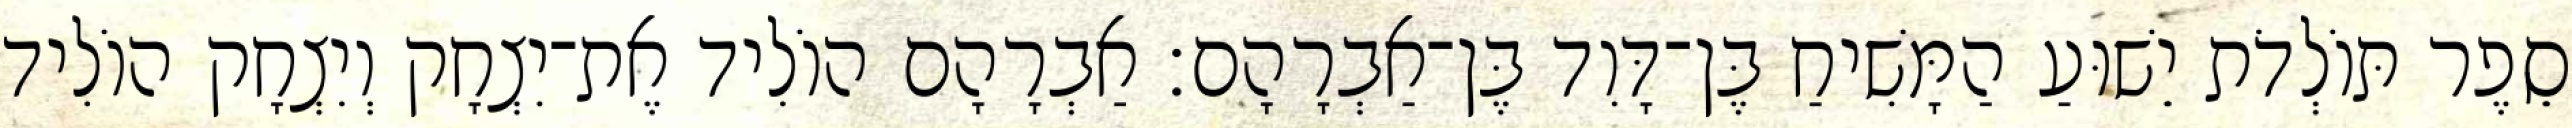
סֵפֶר תּוֹלְדֹת יֵשׁוּעַ הַמָּשִׁיחַ בֶּן־דָּוִד בֶּן־אַבְרָהָם׃ אַבְרָהָם הוֹלִיד אֶת־יִצְחָק וְיִצְחָק הוֹלִיד